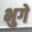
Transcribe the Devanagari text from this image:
भुगे